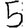
Digit: 5